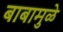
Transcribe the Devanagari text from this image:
बाबामुळे